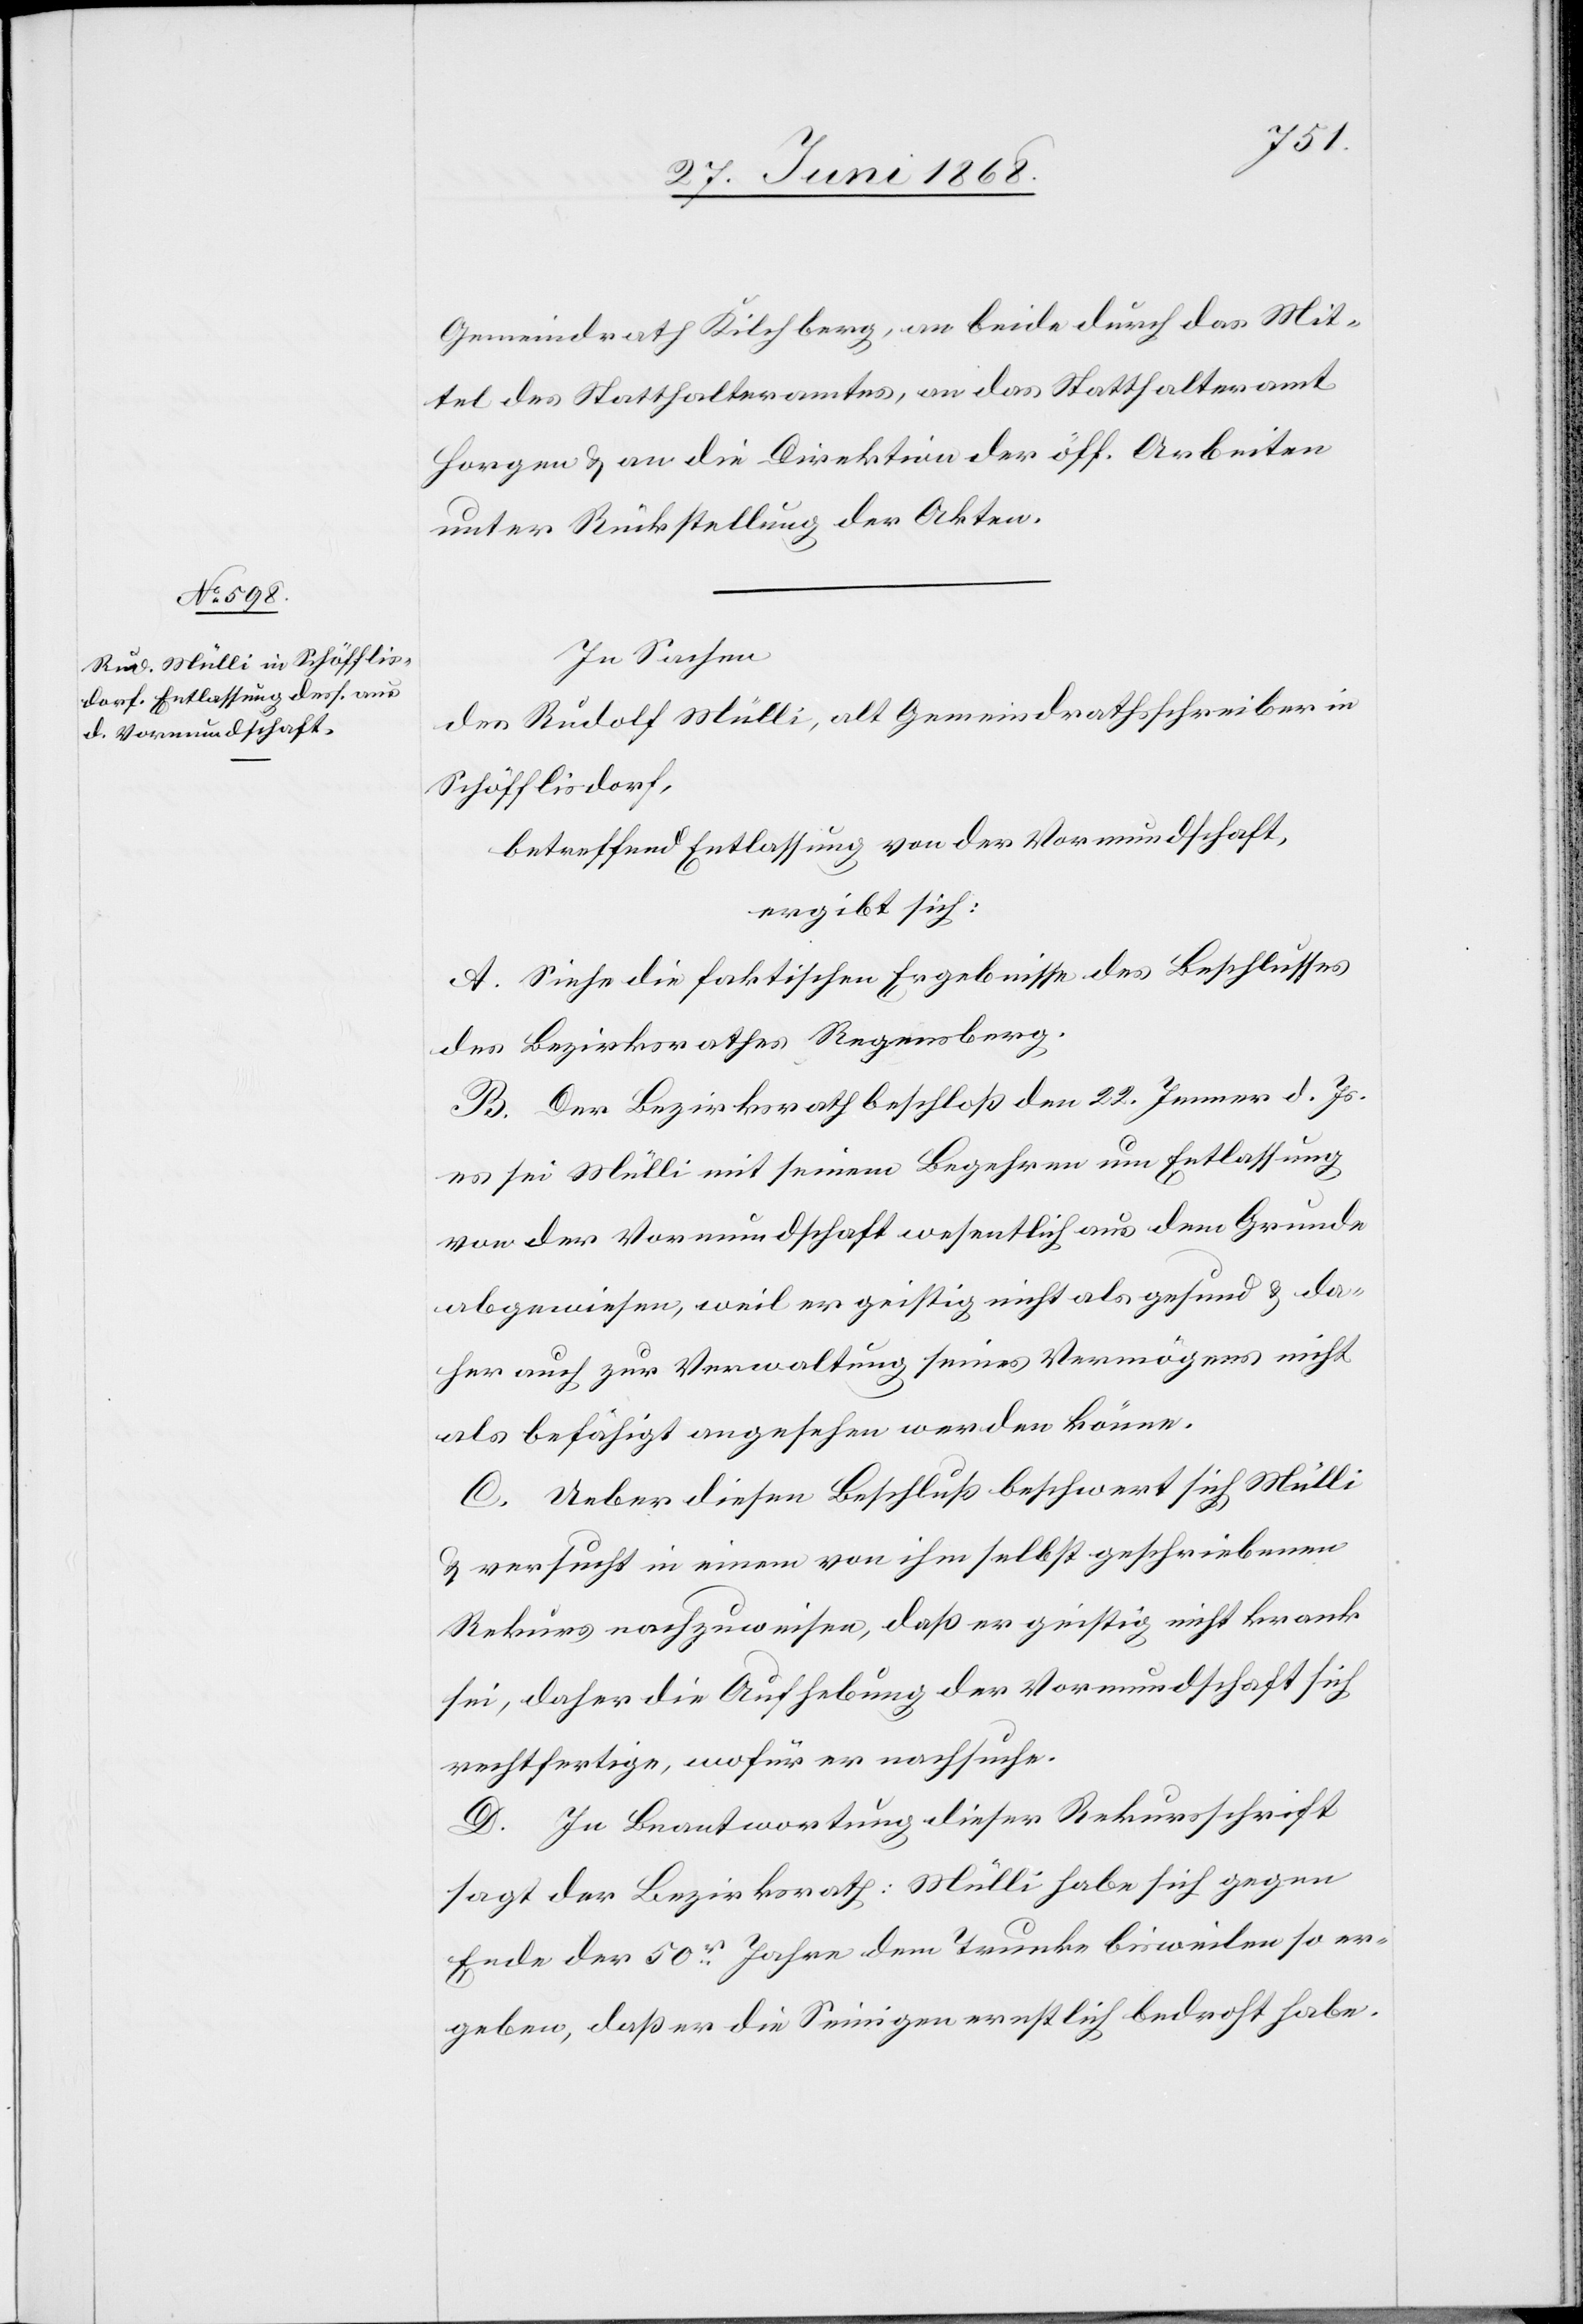
Gemeindrath Kilchberg, an beide durch das Mit¬
tel des Statthalteramtes, an das Statthalteramt
Horgen & an die Direktion der öff. Arbeiten
unter Rückstellung der Akten.
In Sachen
des Rudolf Mülli, alt Gemeindrathsschreiber in
Schöfflisdorf,
betreffend Entlassung von der Vormundschaft,
ergibt sich:
A. siehe die faktischen Ergebnisse des Beschlusses
des Bezirksrathes Regensberg.
B. Der Bezirksrath beschloß den 22. Jenner d. Js.
es sei Mülli mit seinem Begehren um Entlassung
von der Vormundschaft wesentlich aus dem Grunde
abgewiesen, weil er geistig nicht als gesund & da¬
her auch zur Verwaltung seines Vermögens nicht
als befähigt angesehen werden könne.
C. Ueber diesen Beschluß beschwert sich Mülli
& versucht in einem von ihm selbst geschriebenen
Rekurs nachzuweisen, daß er geistig nicht krank
sei, daher die Aufhebung der Vormundschaft sich
rechtfertige, wofür er nachsuche.
D. In Beantwortung dieser Rekursschrift
sagt der Bezirksrath: Mülli habe sich gegen
Ende der 50r. Jahre dem Trunke bisweilen so er¬
geben, daß er die Seinigen ernstlich bedroht habe.